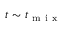
t \sim t _ { \mathrm { ~ m ~ i ~ x ~ } }